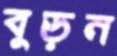
বুড়ন